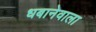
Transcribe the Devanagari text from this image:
धबानेवाला